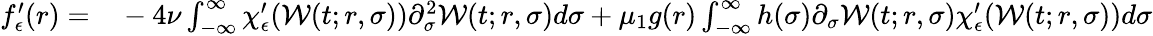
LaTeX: \begin{array}{rl}{f_{\epsilon}^{\prime}(r)=}&{{}-4\nu\int_{-\infty}^{\infty}\chi_{\epsilon}^{\prime}(\mathcal{W}(t;r,\sigma))\partial_{\sigma}^{2}\mathcal{W}(t;r,\sigma)d\sigma+\mu_{1}g(r)\int_{-\infty}^{\infty}h(\sigma)\partial_{\sigma}\mathcal{W}(t;r,\sigma)\chi_{\epsilon}^{\prime}(\mathcal{W}(t;r,\sigma))d\sigma}\end{array}